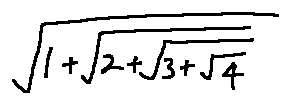
\sqrt { 1 + \sqrt { 2 + \sqrt { 3 + \sqrt { 4 } } } }